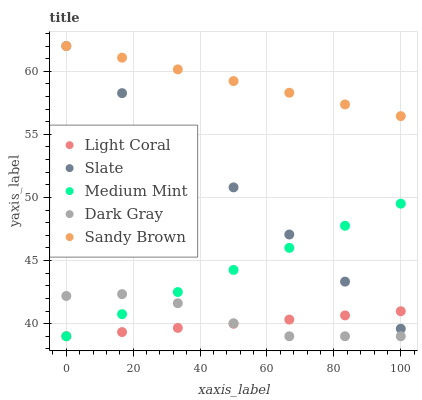
| xaxis_label | Light Coral | Slate | Medium Mint | Dark Gray | Sandy Brown |
 | --- | --- | --- | --- | --- | --- |
 | 0 | 39 | 62 | 39 | 42.2 | 62 |
 | 16.7 | 39.3 | 58.3 | 40.8 | 42.3 | 61.1 |
 | 33.3 | 39.7 | 54.5 | 42.5 | 41.6 | 60.1 |
 | 50 | 40 | 50.8 | 44.3 | 40 | 59.2 |
 | 66.7 | 40.3 | 47.1 | 46 | 39 | 58.3 |
 | 83.3 | 40.7 | 43.3 | 47.8 | 39 | 57.4 |
 | 100 | 41 | 39.6 | 49.5 | 39 | 56.4 |